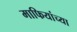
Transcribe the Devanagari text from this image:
माफियांच्या